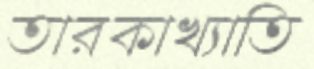
তারকাখ্যাতি